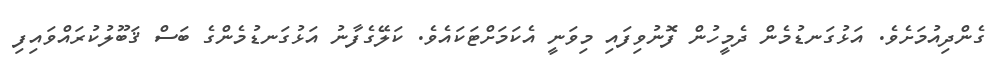
ގެންދިއުމަށެވެ. އަޅުގަނޑުމެން ދެމީހުން ފޮނުވިފައި މިވަނީ އެކަމަށްޓަކައެވެ. ކަލޭގެފާނު އަޅުގަނޑުމެންގެ ބަސް ޤަބޫލުކުރައްވައިފި